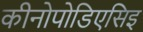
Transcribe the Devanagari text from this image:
कीनोपोडिएसिइ